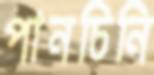
পানচিনি